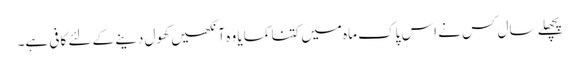
پچھلے سال کس نے اس پاک ماہ میں کتنا کمایا وہ آنکھیں کھول دینے کے لئے کافی ہے۔